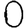
Digit: 0